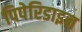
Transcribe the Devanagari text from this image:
पिपेरिडाइन